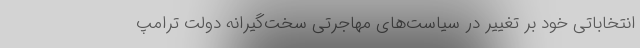
انتخاباتی خود بر تغییر در سیاست‌های مهاجرتی سخت‌گیرانه دولت ترامپ